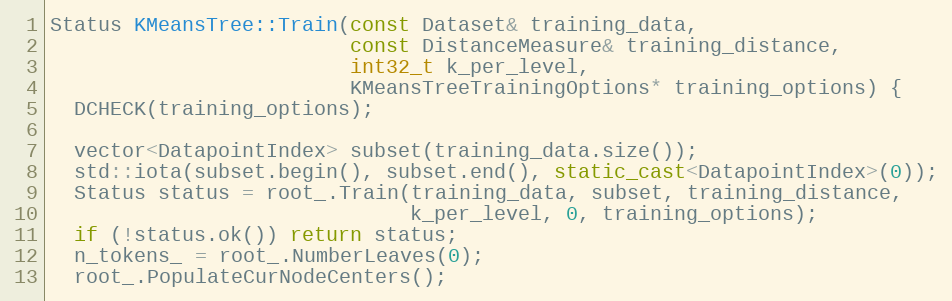
Language: C++
Status KMeansTree::Train(const Dataset& training_data,
                         const DistanceMeasure& training_distance,
                         int32_t k_per_level,
                         KMeansTreeTrainingOptions* training_options) {
  DCHECK(training_options);

  vector<DatapointIndex> subset(training_data.size());
  std::iota(subset.begin(), subset.end(), static_cast<DatapointIndex>(0));
  Status status = root_.Train(training_data, subset, training_distance,
                              k_per_level, 0, training_options);
  if (!status.ok()) return status;
  n_tokens_ = root_.NumberLeaves(0);
  root_.PopulateCurNodeCenters();